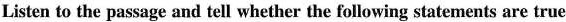
Listen to the passage and tell whether the following statements are true